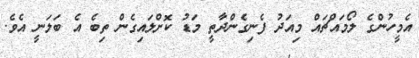
އެމީހުންގެ ލޯމައްޗައް މިއަދު ފެނިގެންދާތީ މަޑު ކޮށްލައިގެން ތިބެ އެ ބަލަނީ އެވެ.